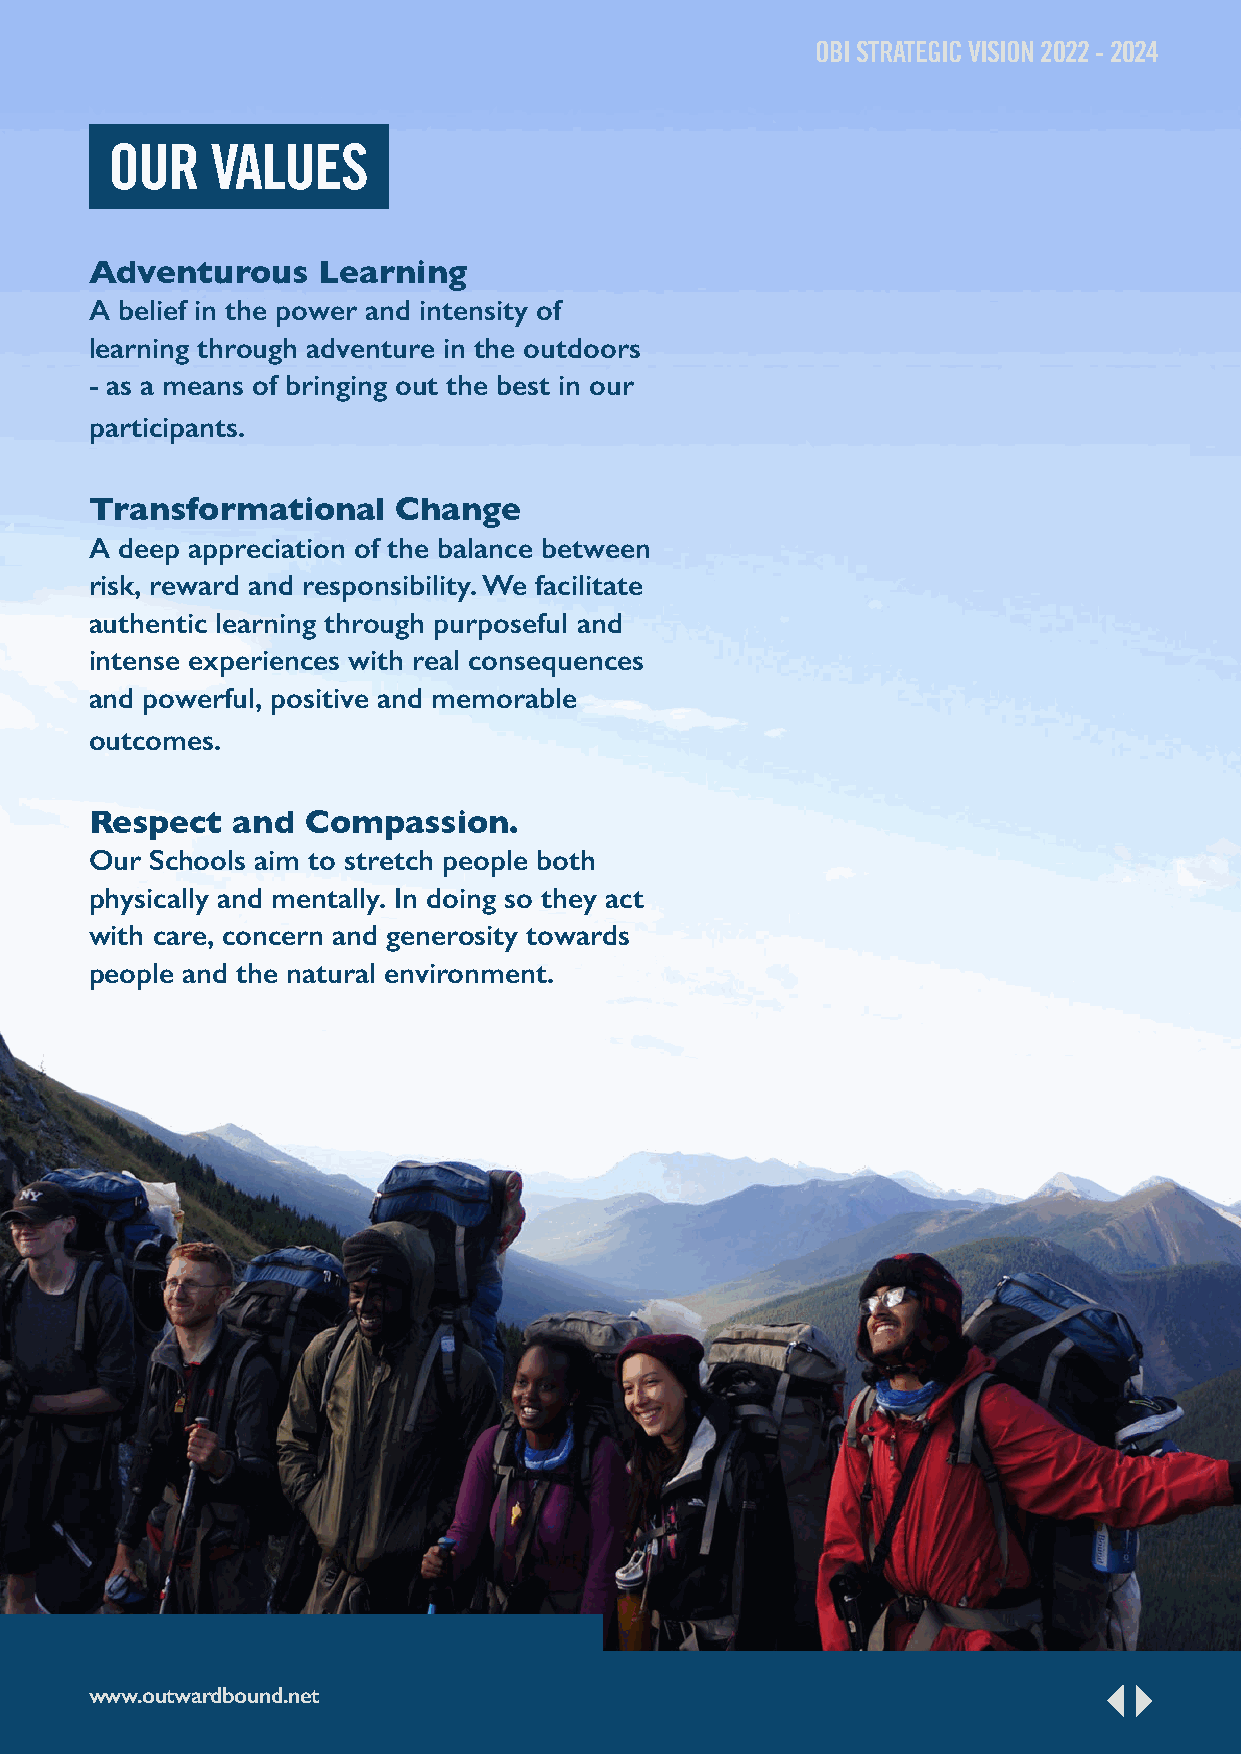
OBI STRATEGIC VISION 2022 - 2024
 OUR    VALUES
 Adventurous    Learning
 A belief in the power and intensity of
 learning through adventure in the outdoors
 - as a means of bringing out the best in our
 participants.
 Transformational    Change
 A deep appreciation of the balance between
 risk, reward and responsibility. We facilitate
 authentic learning through purposeful and
 intense experiences with real consequences
 and powerful, positive and memorable
 outcomes.
 Respect  and  Compassion.
 Our Schools aim to stretch people both
 physically and mentally. In doing so they act
 with care, concern and generosity towards
 people and the natural environment.
 www.outwardbound.net